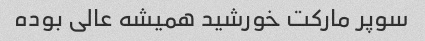
سوپر مارکت خورشید همیشه عالی بوده